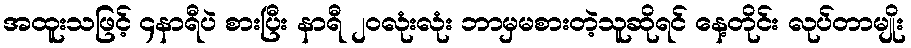
အထူးသဖြင့် ၄နာရီပဲ စားပြီး နာရီ ၂၀လုံးလုံး ဘာမှမစားတဲ့သူဆိုရင် နေ့တိုင်း လုပ်တာမျိုး